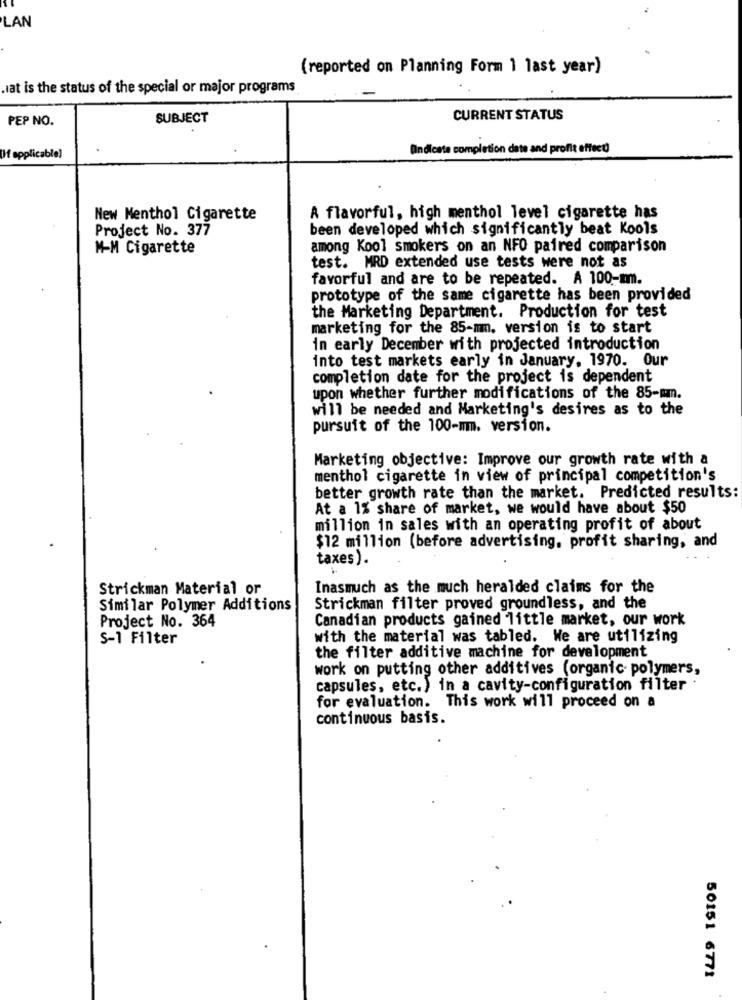
LAN
(reported on Planning Form 1 last year)
wat is the status of the special or major programs
PEP NO.
SUBJECT
CURRENT STATUS
OIndicate completion date and profit effect
If applicable]
New Menthol Cigarette
A flavorful, high menthol level cigarette has
Project No. 377
been developed which significantly beat Kools
M-M Cigarette
among Kool smokers on an NFO paired comparison
test. MRD extended use tests were not as
favorful and are to be repeated. A 100-mm.
prototype of the same cigarette has been provided
the Marketing Department. Production for test
marketing for the 85-mm. version is to start
in early December with projected introduction
into test markets early in January, 1970. Our
completion date for the project is dependent
upon whether further modifications of the 85-mm.
will be needed and Marketing's desires as to the
pursuit of the 100-mm. version.
Marketing objective: Improve our growth rate with a
menthol cigarette in view of principal competition's
better growth rate than the market. Predicted results:
At a 1% share of market, we would have about $50
million in sales with an operating profit of about
$12 million (before advertising, profit sharing, and
taxes).
Strickman Material or
Inasmuch as the much heralded claims for the
Similar Polymer Additions
Strickman filter proved groundless, and the
Project No. 364
Canadian products gained little market, our work
S-1 Filter
with the material was tabled. We are utilizing
the filter additive machine for development
work on putting other additives (organic polymers,
capsules, etc.) in a cavity-configuration filter :
for evaluation. This work will proceed on a
continuous basis.
50151 6771